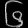
Digit: ၆